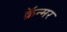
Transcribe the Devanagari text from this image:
क्रॅन्मर